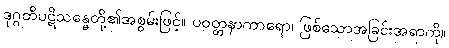
ဒုဂ္ဂတိပဋိသန္ဓေတို့၏အစွမ်းဖြင့်။ ပဝတ္တနာကာရော၊ ဖြစ်သောအခြင်းအရာကို။